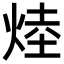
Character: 𪸷